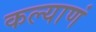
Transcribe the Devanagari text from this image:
कल्याणं